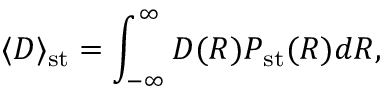
\langle D \rangle _ { \mathrm { s t } } = \int _ { - \infty } ^ { \infty } D ( R ) P _ { \mathrm { s t } } ( R ) d R ,